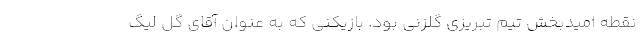
نقطه امیدبخش تیم تبریزی گلزنی بود. بازیکنی که به عنوان آقای گل لیگ